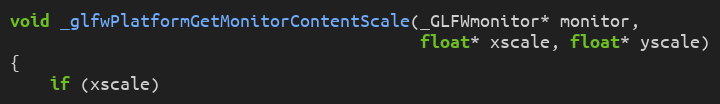
Language: C
void _glfwPlatformGetMonitorContentScale(_GLFWmonitor* monitor,
                                         float* xscale, float* yscale)
{
    if (xscale)